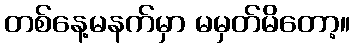
တစ်နေ့မနက်မှာ မမှတ်မိတော့။